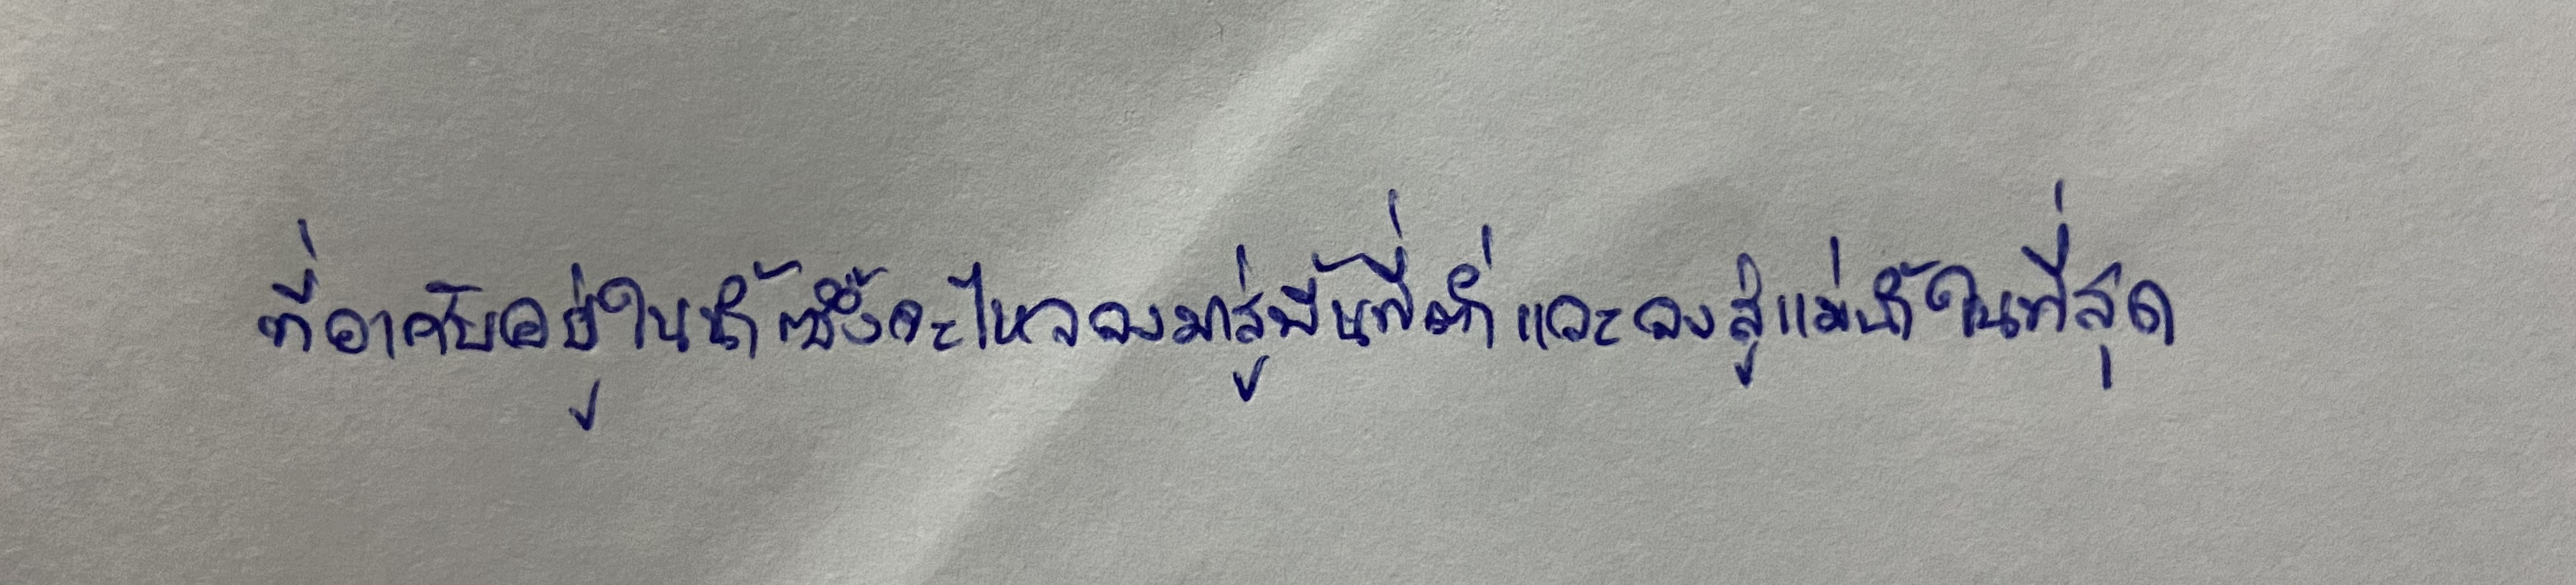
ที่อาศัยอยู่ในน้ำซึ่งจะไหลลงมาสู่พื้นที่ต่ำและลงสู่แม่น้ำในที่สุด